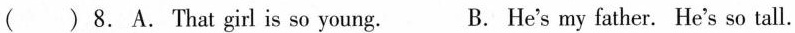
( ) 8.A.That girl is so young. B. He's my father. He's so tall.